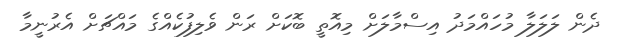
ދެން ލަލަލާ މުހައްމަދު އިސްމާލަށް މިއޮތީ ބޮކަށް ރަން ވެލިފުކެއްގެ މައްޗަށް އެރުނީމާ